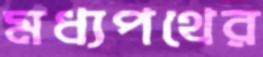
মধ্যপথের